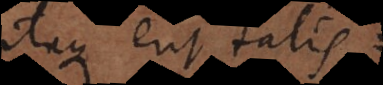
itaque erit talis: